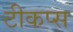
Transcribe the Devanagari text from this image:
टीकप्स